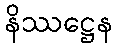
နိဿဋ္ဌေန